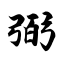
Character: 弼